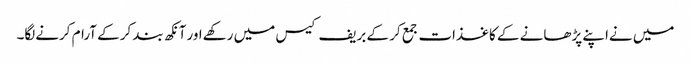
میں نےاپنے پڑھانے کے کاغذات جمع کر کے بریف کیس میں رکھےاور آنکھ بند کرکے آرام کرنےلگا۔